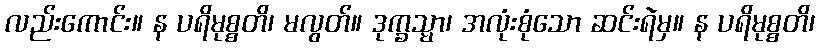
လည်းကောင်း။ န ပရိမုစ္စတိ၊ မလွတ်။ ဒုက္ခသ္မာ၊ အလုံးစုံသော ဆင်းရဲမှ။ န ပရိမုစ္စတိ၊